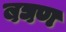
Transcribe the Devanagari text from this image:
बघण